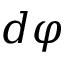
d \varphi